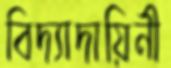
বিদ্যাদায়িনী